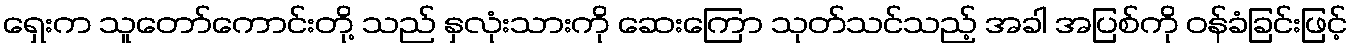
ရှေးက သူတော်ကောင်းတို့ သည် နှလုံးသားကို ဆေးကြော သုတ်သင်သည့် အခါ အပြစ်ကို ဝန်ခံခြင်းဖြင့်